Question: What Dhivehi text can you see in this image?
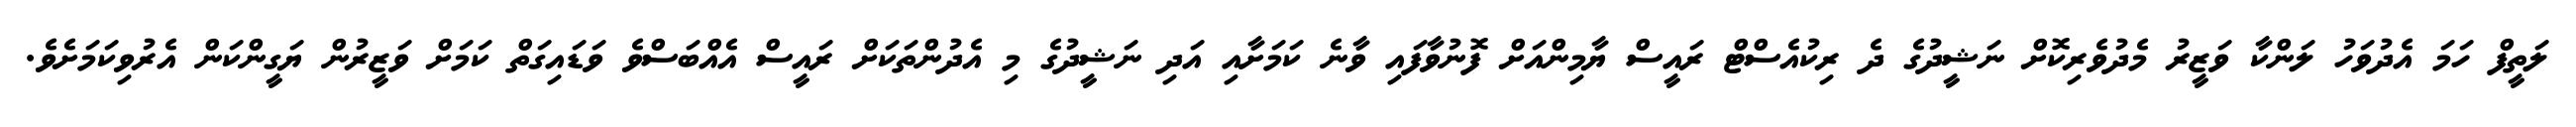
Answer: ލަތީފް ހަމަ އެދުވަހު ލަންކާ ވަޒީރު މެދުވެރިކޮށް ނަޝީދުގެ ދެ ރިކުއެސްޓް ރައީސް ޔާމިންއަށް ފޮނުވާފައި ވާނެ ކަމަށާއި އަދި ނަޝީދުގެ މި އެދުންތަކަށް ރައީސް އެއްބަސްވެ ވަޑައިގަތް ކަމަށް ވަޒީރުން ޔަގީންކަން އެރުވިކަމަށެވެ.